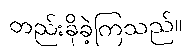
တည်းခိုခဲ့ကြသည်။